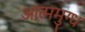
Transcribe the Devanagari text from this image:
आत्ममुग्ध